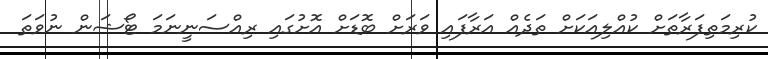
ކުރިމަތިފަރާތަށް ކުއްލިއަކަށް ތަދެއް އަރާފައި ވަރަށް ބޮޑަށް އޮށުގައި ރިއްސަނީނަމަ ޓޯޝަން ނުވަތަ